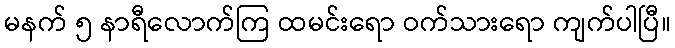
မနက် ၅ နာရီလောက်ကြ ထမင်းရော ဝက်သားရော ကျက်ပါပြီ။